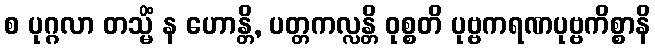
စ ပုဂ္ဂလာ တသ္မိံ န ဟောန္တိ, ပတ္တကလ္လန္တိ ဝုစ္စတိ ပုဗ္ဗကရဏပုဗ္ဗကိစ္စာနိ